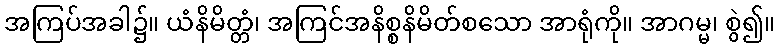
အကြပ်အခါ၌။ ယံနိမိတ္တံ၊ အကြင်အနိစ္စနိမိတ်စသော အာရုံကို။ အာဂမ္မ၊ စွဲ၍။